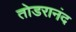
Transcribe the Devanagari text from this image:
तोडरानंद